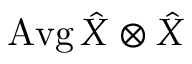
\operatorname { A v g } \hat { X } \otimes \hat { X }